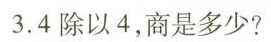
3.4除以4，商是多少?